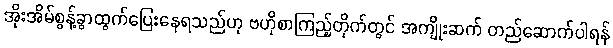
အိုးအိမ်စွန့်ခွာထွက်ပြေးနေရသည်ဟု ဗဟိုစာကြည့်တိုက်တွင် အကျိုးဆက် တည်ဆောက်ပါရန်